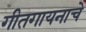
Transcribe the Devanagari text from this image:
गीतगायनाचे